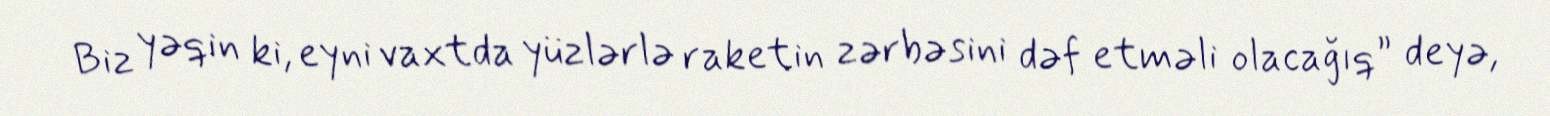
Biz yəqin ki, eyni vaxtda yüzlərlə raketin zərbəsini dəf etməli olacağıq” deyə,